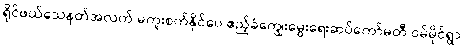
ရိုင်ဖယ်သေနတ်အလက် မကူးစက်နိုင်ပေ ဧည့်ခံကျွေးမွေးရေးဆပ်ကော်မတီ ဝမ်မိုင်ရွာ